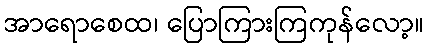
အာရောစေထ၊ ပြောကြားကြကုန်လော့။